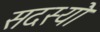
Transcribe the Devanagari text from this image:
सदस्यॊं